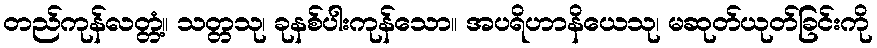
တည်ကုန်လတ္တံ့။ သတ္တသု၊ ခုနစ်ပါးကုန်သော။ အပရိဟာနိယေသု၊ မဆုတ်ယုတ်ခြင်းကို